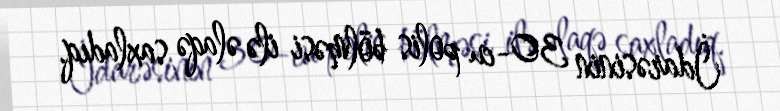
İdarəsinin 30-cu polis bölməsi ilə əlaqə saxladıq.